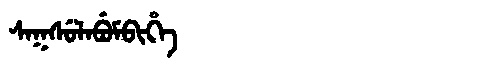
Manchu: ᠰᠠᡴᠰᡠᠯᠠᠪᡠᠮᠪᡳᡥᡝ
Romanization: SAKSULABUMBIHE